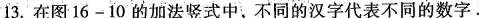
13.在图16-10的加法竖式中，不同的汉字代表不同的数字.